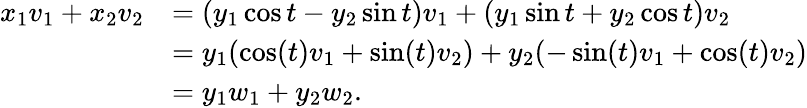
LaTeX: {\begin{array}{rl}{x_{1}v_{1}+x_{2}v_{2}}&{=(y_{1}\cos t-y_{2}\sin t)v_{1}+(y_{1}\sin t+y_{2}\cos t)v_{2}}\\ &{=y_{1}(\cos(t)v_{1}+\sin(t)v_{2})+y_{2}(-\sin(t)v_{1}+\cos(t)v_{2})}\\ &{=y_{1}w_{1}+y_{2}w_{2}.}\end{array}}